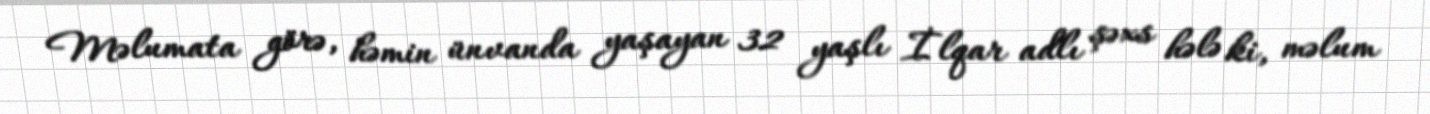
Məlumata görə, həmin ünvanda yaşayan 32 yaşlı İlqar adlı şəxs hələ ki, məlum